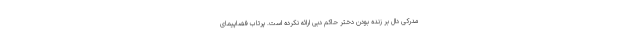
مدرکی دال بر زنده بودن دختر حاکم دبی ارائه نکرده است. پرتاب فضاپیمای